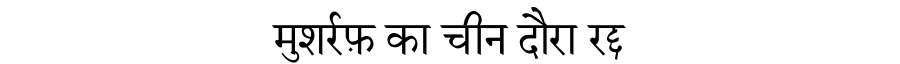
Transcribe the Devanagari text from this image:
मुशर्रफ़ का चीन दौरा रद्द